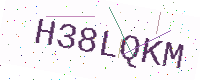
Text: H38LQKM